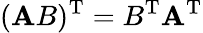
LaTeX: (\mathbf{A}B)^{\mathrm{{T}}}=B^{\mathrm{{T}}}\mathbf{A}^{\mathrm{{T}}}